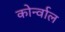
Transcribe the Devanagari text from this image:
कोर्न्वाल